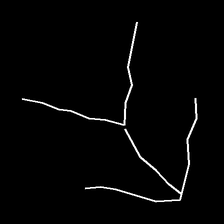
Glyph: gather